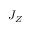
J _ { Z }